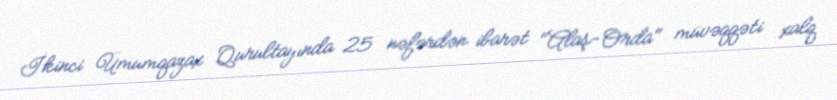
İkinci Ümumqazax Qurultayında 25 nəfərdən ibarət "Alaş-Orda" müvəqqəti xalq